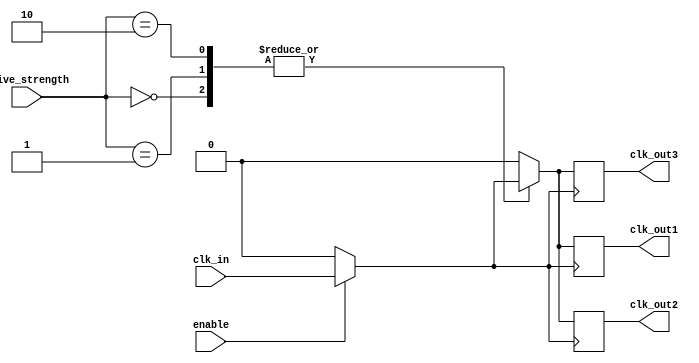
module LowPowerClockBuffer (
    input wire clk_in,          // Input clock
    input wire enable,          // Enable signal
    input wire [1:0] drive_strength, // Drive strength control
    output reg clk_out1,        // Buffered clock output 1
    output reg clk_out2,        // Buffered clock output 2
    output reg clk_out3         // Buffered clock output 3
);

    // Parameters for drive strengths (for example)
    parameter DRIVE_LOW = 2'b00;  // Low drive strength
    parameter DRIVE_MED = 2'b01;  // Medium drive strength
    parameter DRIVE_HIGH = 2'b10;  // High drive strength

    // Internal signal for gated clock
    reg gated_clk;

    // Clock gating logic
    always @(*) begin
        if (enable) begin
            gated_clk = clk_in; // Pass through the clock when enabled
        end else begin
            gated_clk = 1'b0;   // Gated clock is low when disabled
        end
    end

    // Output clock generation with different drive strengths
    always @(posedge gated_clk) begin
        case (drive_strength)
            DRIVE_LOW: begin
                clk_out1 <= gated_clk; // Low drive strength output
                clk_out2 <= gated_clk; // Low drive strength output
                clk_out3 <= gated_clk; // Low drive strength output
            end
            DRIVE_MED: begin
                clk_out1 <= gated_clk; // Medium drive strength output
                clk_out2 <= gated_clk; // Medium drive strength output
                clk_out3 <= gated_clk; // Medium drive strength output
            end
            DRIVE_HIGH: begin
                clk_out1 <= gated_clk; // High drive strength output
                clk_out2 <= gated_clk; // High drive strength output
                clk_out3 <= gated_clk; // High drive strength output
            end
            default: begin
                clk_out1 <= 1'b0; // Default to low
                clk_out2 <= 1'b0; // Default to low
                clk_out3 <= 1'b0; // Default to low
            end
        endcase
    end

    // Controlled rise and fall times can be implemented using delay elements or buffers
    // For simplicity, they are not explicitly shown in this example

endmodule